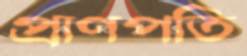
প্রাণপতি